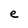
Character: e